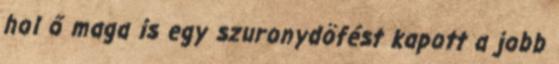
hol ő maga is egy szuronydöfést kapott a jobb